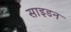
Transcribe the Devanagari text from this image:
साइडन